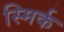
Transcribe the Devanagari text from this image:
स्मिर्क